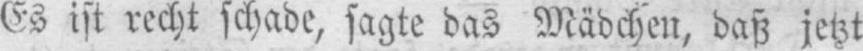
Es ist recht schade, sagte das Mädchen, daß jetzt